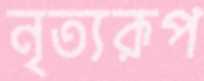
নৃত্যরূপ